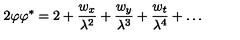
2 \varphi \varphi ^ { * } = 2 + \frac { w _ { x } } { \lambda ^ { 2 } } + \frac { w _ { y } } { \lambda ^ { 3 } } + \frac { w _ { t } } { \lambda ^ { 4 } } + \dots